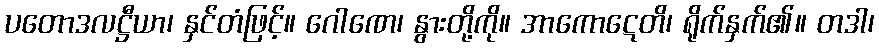
ပတောဒလဋ္ဌီယာ၊ နှင်တံဖြင့်။ ဂေါဏေ၊ နွားတို့ကို။ အာကောဋေတိ၊ ရိုက်နှက်၏။ တဒါ၊